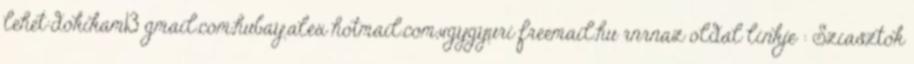
lehet:dokikam13 gmail.com,hubay.alex hotmail.com,vgygyuri freemail.hu rnrnaz oldal linkje : Sziasztok